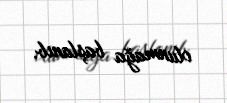
olunmağa başlanıb.